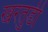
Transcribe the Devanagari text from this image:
खरतुडी